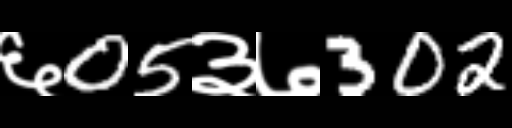
Text: ६05३७302